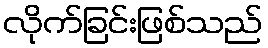
လိုက်ခြင်းဖြစ်သည်